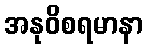
အနုဝိစရမာနာ